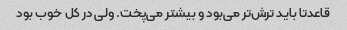
قاعدتا باید ترش‌تر می‌بود و بیشتر می‌پخت. ولی در کل خوب بود